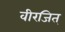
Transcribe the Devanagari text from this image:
वीरजित्